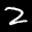
Label: 2